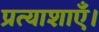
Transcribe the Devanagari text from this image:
प्रत्याशाएँ।